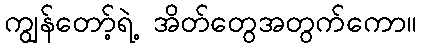
ကျွန်တော့်ရဲ့ အိတ်တွေအတွက်ကော။